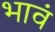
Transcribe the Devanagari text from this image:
भावं